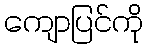
ကျောပြင်ကို